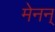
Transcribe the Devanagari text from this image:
मेनन्